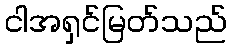
ငါအရှင်မြတ်သည်